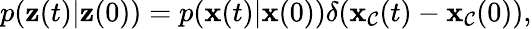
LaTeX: \begin{array}{r}{p(\mathbf{\boldsymbol{z}}(t)|\mathbf{\boldsymbol{z}}(0))=p(\mathbf{\boldsymbol{x}}(t)|\mathbf{\boldsymbol{x}}(0))\delta(\mathbf{\boldsymbol{x}}_{\mathcal{C}}(t)-\mathbf{\boldsymbol{x}}_{\mathcal{C}}(0)),}\end{array}